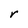
Character: r